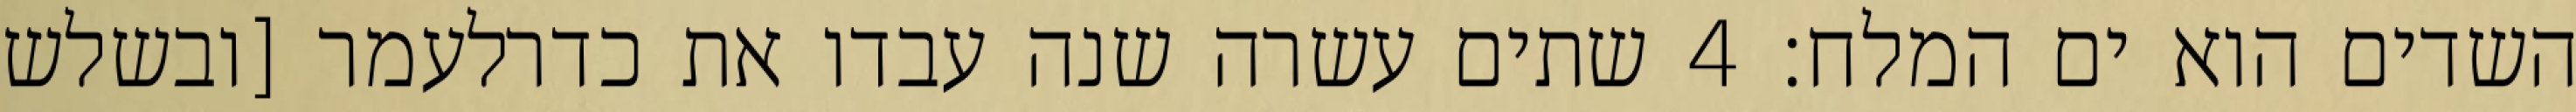
השדים הוא ים המלח׃ ‎4‏ שתים עשרה שנה עבדו את כדרלעמר [ובשלש